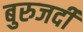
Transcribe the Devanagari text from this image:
बुरुजर्दी